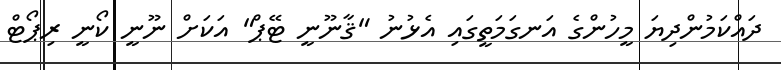
ދައްކަމުންދިޔަ މީހުންގެ އަނގަމަތީގައި އެޅުނު "ޤާނޫނީ ޓޭޕް" އަކަށް ނޫނީ ކޯނީ ރިޕޯޓް